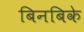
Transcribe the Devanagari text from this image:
बिनबिके